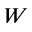
W